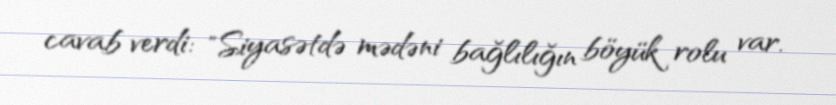
cavab verdi: "Siyasətdə mədəni bağlılığın böyük rolu var.